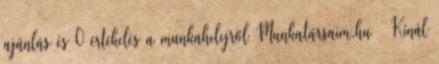
ajánlás és 0 értékelés a munkahelyről Munkatársaim.hu ▷ Kínál